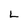
Character: L